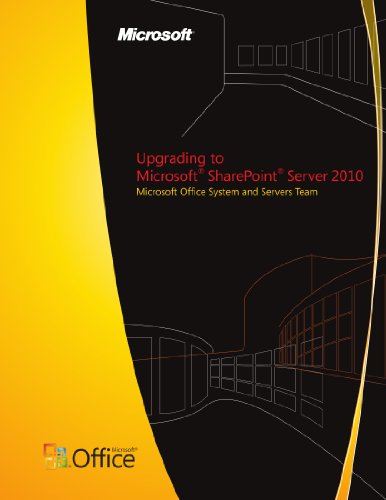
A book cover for Upgrading to Microsoft SharePoint Server 2010; Microsoft Office System and Servers Team; Computers & Technology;